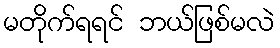
မတိုက်ရရင် ဘယ်ဖြစ်မလဲ